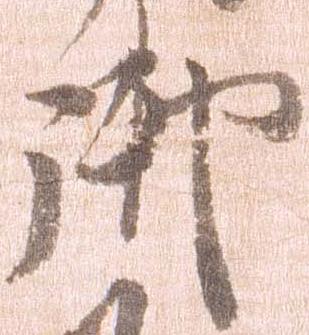
御